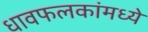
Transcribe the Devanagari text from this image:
धावफलकांमध्ये